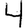
Digit: 4